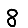
Digit: 8